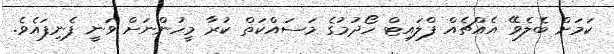
ކަމަށް ބެލެވޭ އެއްޗެއް ފްލައިޓް ހޯދުމުގެ މަސައްކަތް ކުރާ މީހުންނަށް ވަނީ ފެނިފައެވެ.